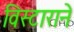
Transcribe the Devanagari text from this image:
विस्टाराने